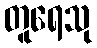
တူရေသု